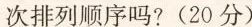
次排列顺序吗?(20分)